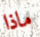
ماذا